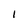
Character: I